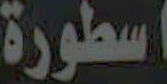
اسطورة